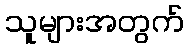
သူများအတွက်